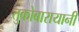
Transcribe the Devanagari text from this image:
तुकोबारायानी